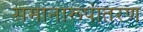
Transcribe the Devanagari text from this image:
समानारूपांतरण